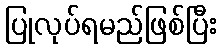
ပြုလုပ်ရမည်ဖြစ်ပြီး